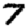
Digit: 7